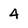
Character: 4